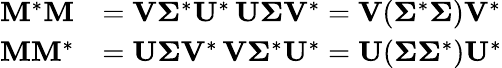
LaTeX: {\begin{array}{rl}{\mathbf{M}^{*}\mathbf{M}}&{=\mathbf{V}{\boldsymbol{\Sigma}}^{*}\mathbf{U}^{*}\, \mathbf{U}{\boldsymbol{\Sigma}}\mathbf{V}^{*}=\mathbf{V}({\boldsymbol{\Sigma}}^{*}{\boldsymbol{\Sigma}})\mathbf{V}^{*}}\\ {\mathbf{M}\mathbf{M}^{*}}&{=\mathbf{U}{\boldsymbol{\Sigma}}\mathbf{V}^{*}\, \mathbf{V}{\boldsymbol{\Sigma}}^{*}\mathbf{U}^{*}=\mathbf{U}({\boldsymbol{\Sigma}}{\boldsymbol{\Sigma}}^{*})\mathbf{U}^{*}}\end{array}}